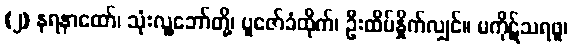
(၂) နရနာထော်၊ သုံးလူ့ဘော်တို့၊ ပူဇော်ခံထိုက်၊ ဦးထိပ်နှိုက်လျှင်။ မကိုဋ်သရဖူ၊